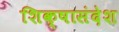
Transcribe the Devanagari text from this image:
शिक्षासंदेश